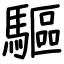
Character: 驅